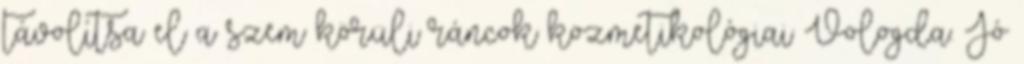
távolítsa el a szem körüli ráncok kozmetikológiai Vologda. Jó